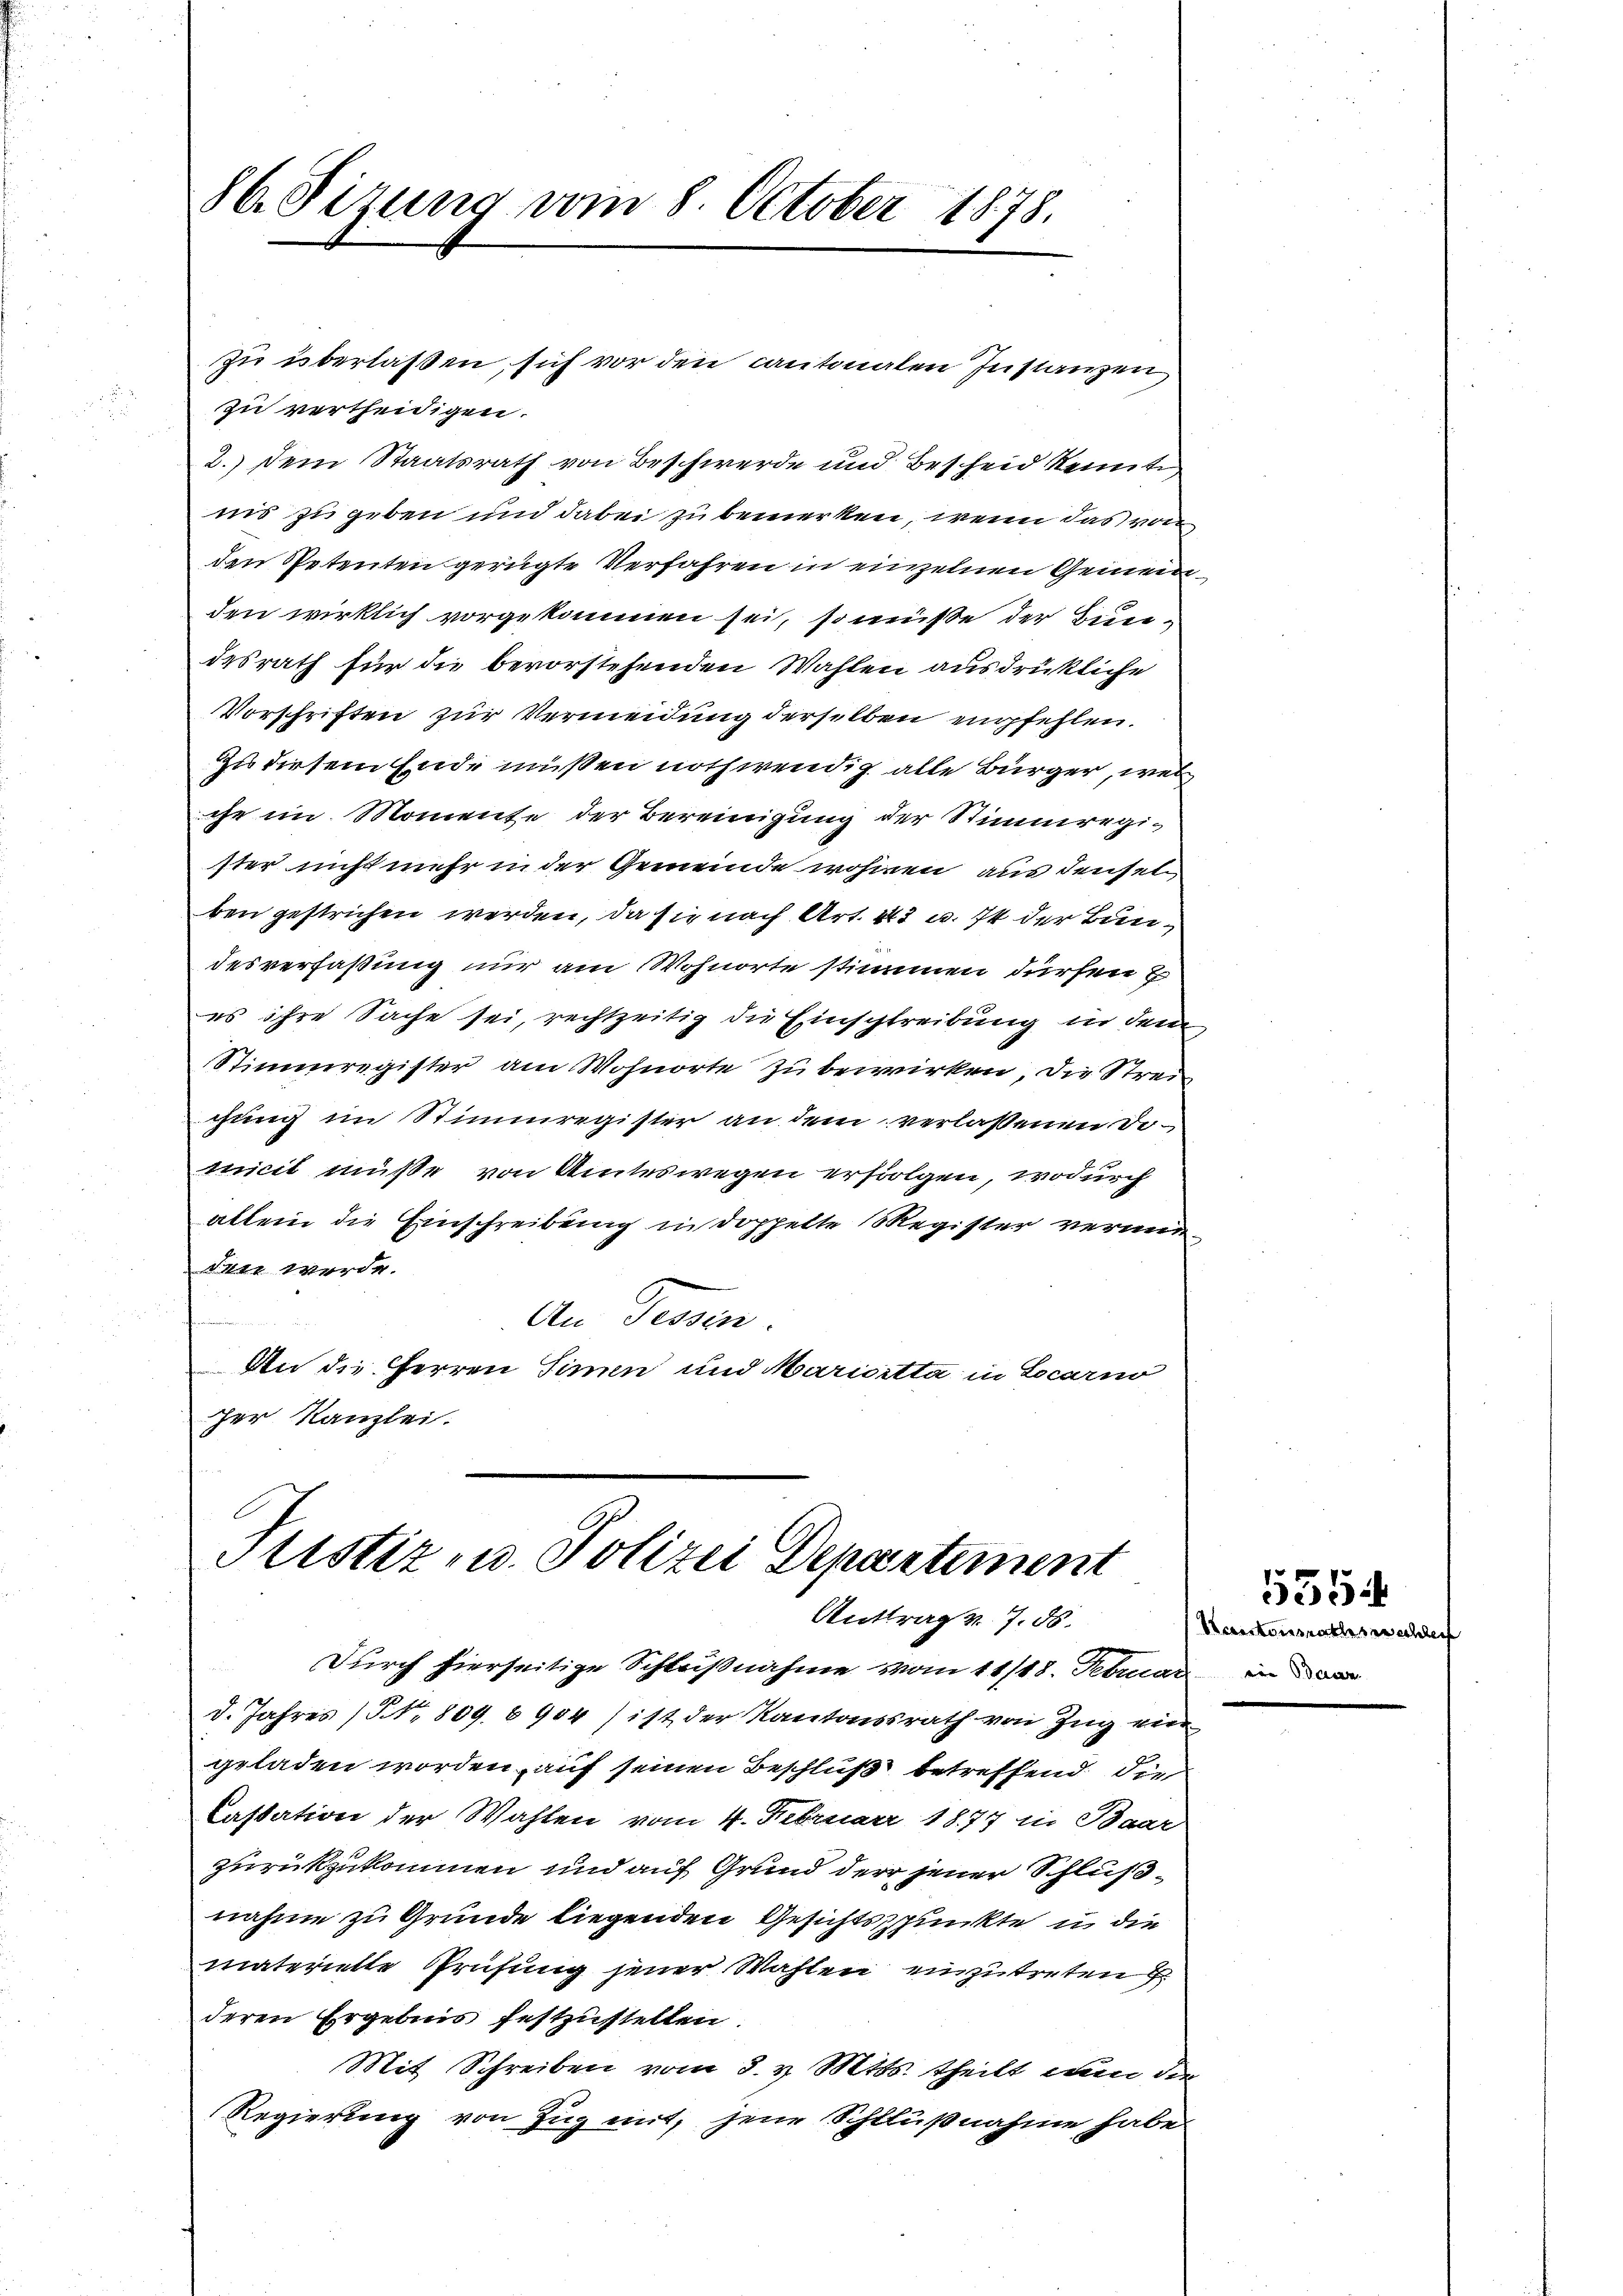
86. Sizung vom 8. October 1878.

zu überlassen, sich vor den Cantonalen Instanzen
zu vertheidigen.
2.) Dem Staatsrath von Beschwerde und Bescheid kennte
inns zu geben und dabei zu bemerken, wenn das von
den Petenten gerügte Verfahren in einzelnen Gemeinden wirklich vorgekommen sei, so müße der Bundesrath für die bevorstehenden Wahlen ausdrükliche
Vorschriften zur Vermeidung derselben empfehlen.
Zu diesem Ende müßen nothwendig alle Bürger, wel
che im Momente der Bereinigung der Stimmregister nicht mehr in der Gemeinde wohnen aus denselben gestrichen werden, da sie nach Art. 213 u. ist der Bundesverfaßung nur am Wohnorte stimmen dürfen
es ihre Sache sei, rechtzeitig die Einschreibung in dem
Stimmregister am Wohnorte zu bewirken, die Streigung im Stimmregister an dem verlassenen Domicit müße von Amteswegen erfolgen, wodurch
allein die Einschreibung in doppelte Register verminden werde.
An Tessen.
An die Herren Sinn und Mariertta in Locarno
her Kanzlei.

Stistiz- u. Polizei Departement
Antrag v. 7. ds.

Durch hierseitige Schlußnahme vom 11/18. Februar
d. Jahres (NNo. 809. 6904) ist der Kantonssrath von Zug ein
geladen worden, auf seinen Beschluß betreffend die
Cassation der Wahlen vom 4. Februar 1877 in Baar
zurückzukommen und auf Grund der jener Schlußnahme zu Grunde liegenden Gesichtsspunkte u die
materielle Prüfung jener Wahlen anzutreten
deren Ergebnis festzustellen
Mit Schreiben vom 8. v. Mtts. theilt nun die
Regierung von Zug mit, jene Schlußnahme habe

Noistonsrathsrech
nen Bann |

5354